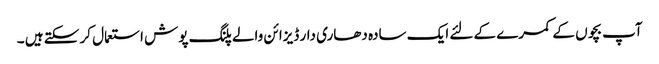
آپ بچوں کے کمرے کے لئے ایک سادہ دھاری دار ڈیزائن والے پلنگ پوش استعمال کر سکتے ہیں ۔